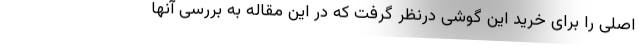
اصلی را برای خرید این گوشی درنظر گرفت که در این مقاله به بررسی آنها